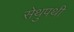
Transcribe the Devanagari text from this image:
सेथुपथी